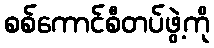
စစ်ကောင်စီတပ်ဖွဲ့ကို